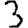
Digit: 3